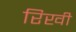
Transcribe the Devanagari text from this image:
रिखी